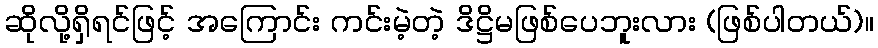
ဆိုလို့ရှိရင်ဖြင့် အကြောင်း ကင်းမဲ့တဲ့ ဒိဋ္ဌိမဖြစ်ပေဘူးလား (ဖြစ်ပါတယ်)။